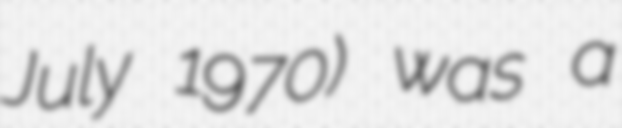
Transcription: July 1970) was a